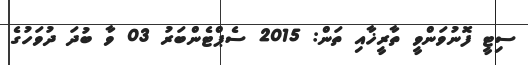
ސިޓީ ފޮނުވަންވީ ތާރީޚާއި ތަން: 2015 ސެޕްޓެންބަރު 03 ވާ ބުދަ ދުވަހުގެ